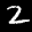
Label: 2